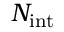
N _ { \mathrm { i n t } }